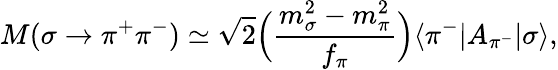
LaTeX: M(\sigma\rightarrow\pi^{+}\pi^{-})\simeq\sqrt{2}\Bigl({\frac{m_{\sigma}^{2}-m_{\pi}^{2}}{f_{\pi}}}\Bigr)\langle{\pi^{-}|A_{\pi^{-}}|\sigma}\rangle,